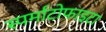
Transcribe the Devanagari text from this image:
स्पर्माटोफाइटा